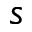
s